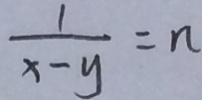
\frac { 1 } { x - y } = n